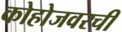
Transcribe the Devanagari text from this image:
कोहोजवरची